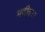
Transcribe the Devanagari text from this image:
मणीताल